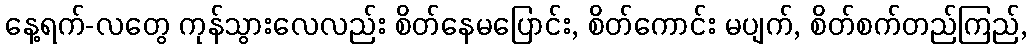
နေ့ရက်-လတွေ ကုန်သွားလေလည်း စိတ်နေမပြောင်း, စိတ်ကောင်း မပျက်, စိတ်စက်တည်ကြည်,